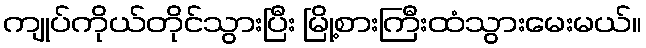
ကျုပ်ကိုယ်တိုင်သွားပြီး မြို့စားကြီးထံသွားမေးမယ်။